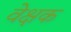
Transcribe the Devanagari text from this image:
वेक्षक